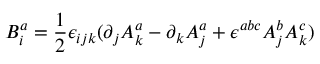
B _ { i } ^ { a } = \frac { 1 } { 2 } \epsilon _ { i j k } ( \partial _ { j } A _ { k } ^ { a } - \partial _ { k } A _ { j } ^ { a } + \epsilon ^ { a b c } A _ { j } ^ { b } A _ { k } ^ { c } )